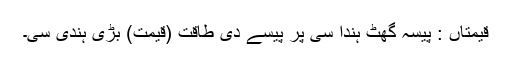
قیمتاں : پیسہ گھٹ ہُندا سی پر پیسے دی طاقت (قیمت) بڑی ہُندی سی۔